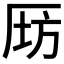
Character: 𠩝